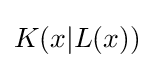
K(x|L(x))